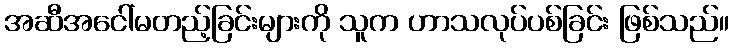
အဆီအငေါ်မတည့်ခြင်းများကို သူက ဟာသလုပ်ပစ်ခြင်း ဖြစ်သည်။